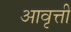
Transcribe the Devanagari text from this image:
अावृत्ती